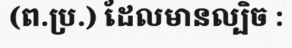
(ព.ប្រ.) ដែលមានល្បិច :